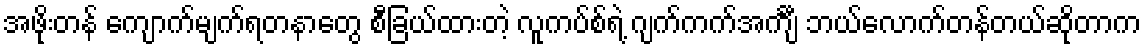
အဖိုးတန် ကျောက်မျက်ရတနာတွေ စီခြယ်ထားတဲ့ လူကပ်စ်ရဲ့ ဂျက်ကက်အင်္ကျီ ဘယ်လောက်တန်တယ်ဆိုတာက